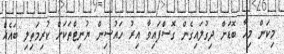
މިކަން މިހާ ބޮޑަށް ދިގުލައިގެން ގޮސްފައިވާ އިރު ހައުސިން ޔުނިޓްތަކަށް ކުރިމަތިލި ބައެއް